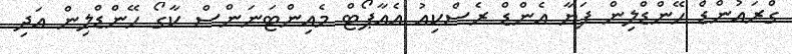
ގްރައުންޑް ހޭންޑްލިން ފަޔާ އެންޑް ރެސްކިއު އެއާޕޯޓް މެއިންޓަނަންސް ކާގޯ ހޭންޑްލިން އަދި